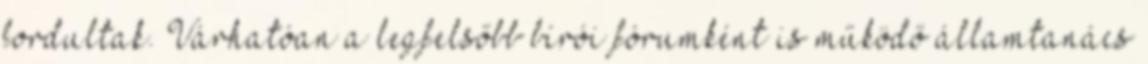
fordultak. Várhatóan a legfelsőbb bírói fórumként is működő államtanács